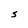
Character: S